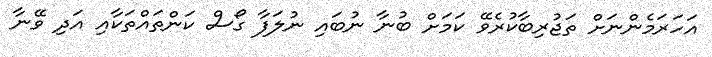
އަހަރަމެންނަށް ތަޖުރިބާކުރެވޭ ކަމަށް ބުނާ ނުބައި ނުލަފާ ގޯސް ކަންތައްތަކާއި އަދި ވޭނާ